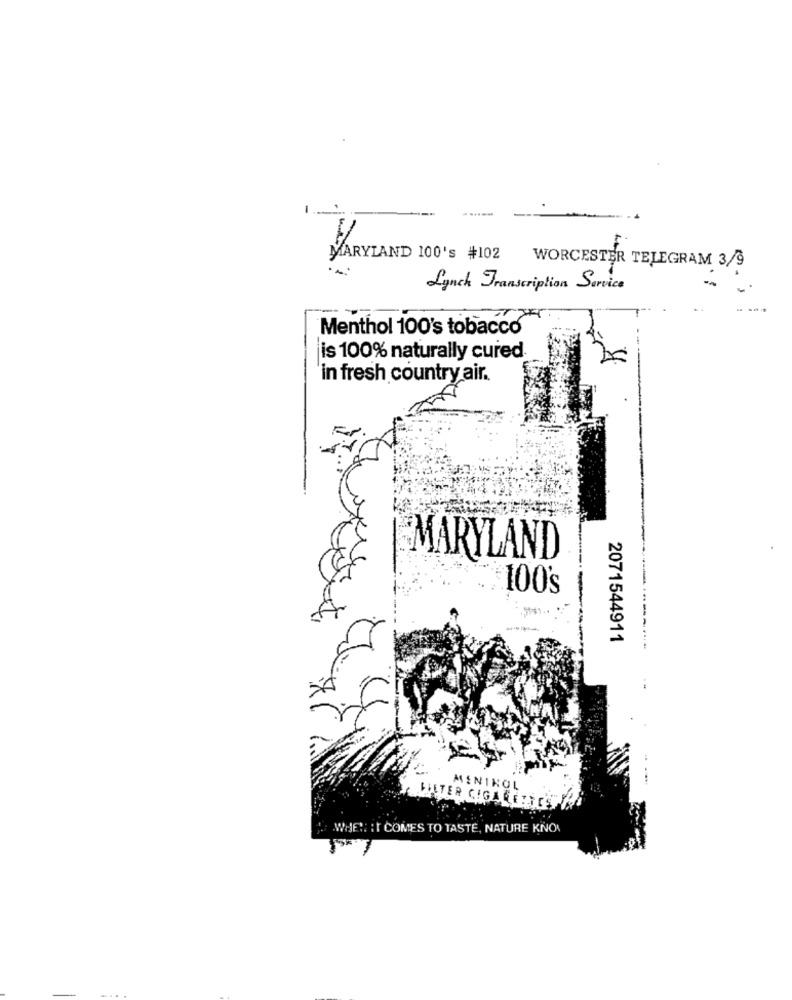
MARYLAND 100's #102 WORCESTER TELEGRAM 3/9
Lynch Transcription Service
Menthol 100's tobacco
is 100% naturally cured
in fresh country air.
MARYLAND
100
--
2071544911
---------
MENIKOL
. WHEN IT COMES TO TASTE, NATURE KNOW